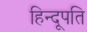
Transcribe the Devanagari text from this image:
हिन्दूपति